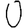
Digit: 0